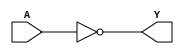
module my_gate (
    input  wire A,
    output wire Y
);
    assign Y = ~A;
endmodule